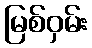
မြစ်ဝှမ်း